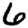
Digit: 6